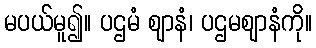
မပယ်မူ၍။ ပဌမံ ဈာနံ၊ ပဌမဈာနံကို။